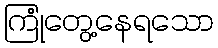
ကြုံတွေ့နေရသော